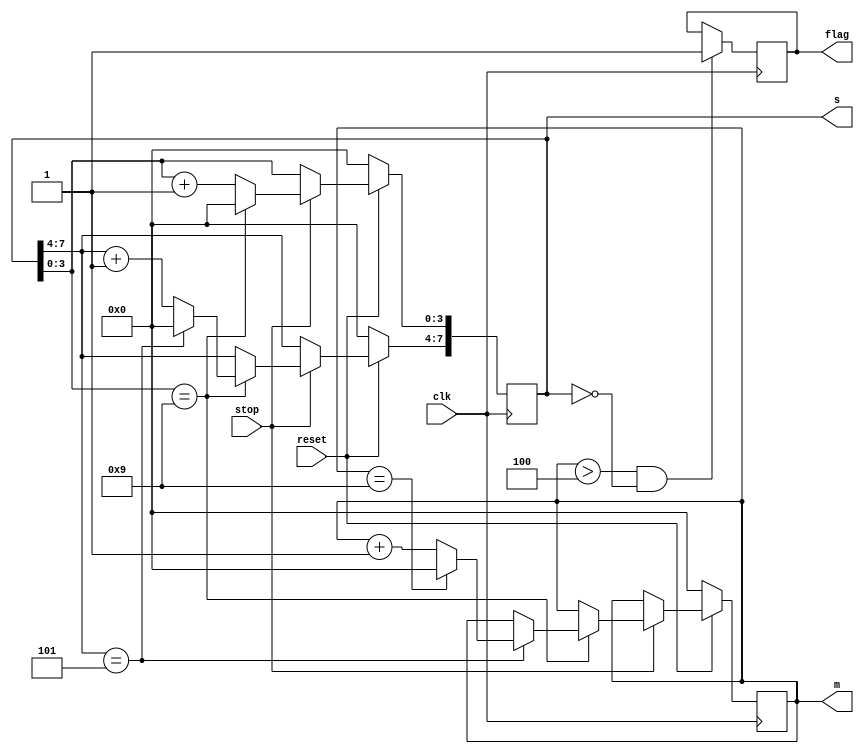
module wait_time(clk,reset,stop,s,m,flag);
input clk,reset,stop; 
output reg  [7:0]s;
output reg  [3:0]m;
output reg flag;
always @(posedge clk)begin
	if(!reset) begin
		s<=8'd0;
		m<=4'd0;
	end
	else if(stop) begin
		if(s[3:0]==9)begin
			s[3:0]<=4'd0;
			if(s[7:4]==5)begin
				s[7:4]<=4'd0;
				if(m[3:0]==9)begin
					m[3:0]<=4'd0;
				end
				else m[3:0]<=m[3:0]+4'd1;
			end
			else s[7:4]<=s[7:4]+4'd1;
	   end
	   else s[3:0]<=s[3:0]+4'd1;
	end
end
always @(posedge clk)begin
	if((m[3:0]>4'd4)&&(s[7:0]==8'd0))
		flag<=1'd1;
		
end
endmodule